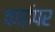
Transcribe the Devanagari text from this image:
काईपर